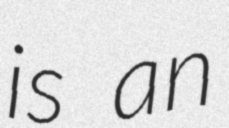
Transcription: is an